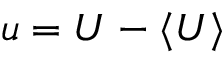
\boldsymbol { u } = \boldsymbol { U } - \langle \boldsymbol { U } \rangle